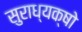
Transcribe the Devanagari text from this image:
सुराध्यक्षो